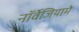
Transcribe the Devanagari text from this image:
नॉर्वेजियामे